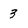
Character: 3